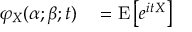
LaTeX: \begin{array} { r l } { \varphi _ { X } ( \alpha ; \beta ; t ) } & { { } = \operatorname { E } \left[ e ^ { i t X } \right] } \end{array}